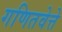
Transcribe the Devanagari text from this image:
गणितवेत्ते